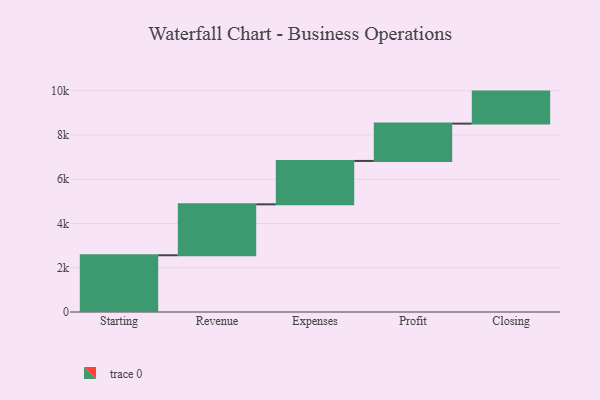
{"axis": {"x": "Step", "y": "Value"}, "legend": [""], "data": [{"x": "Starting", "y": 2565.0, "type": ""}, {"x": "Revenue", "y": 2301.0, "type": ""}, {"x": "Expenses", "y": 1961.0, "type": ""}, {"x": "Profit", "y": 1687.0, "type": ""}, {"x": "Closing", "y": 1447.0, "type": ""}]}